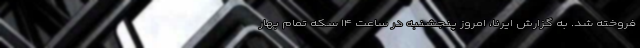
فروخته شد. به گزارش ایرنا، امروز پنجشنبه در ساعت ۱۴ سکه تمام بهار